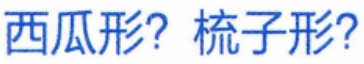
西瓜形? 梳子形?